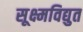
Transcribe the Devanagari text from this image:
सूक्ष्मविद्युत